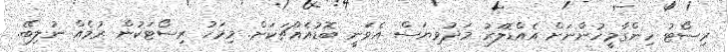
ރިސޯޓު ހިންގާމީހުންނަށް އެއްޑޮލަރު މަދުވިޔަސް އެވަނީ ބޮޑުއެއްޗަކަށް. މިމަހު ރިސޯޓަކުން ރުމެއް ނުލިބޭ.